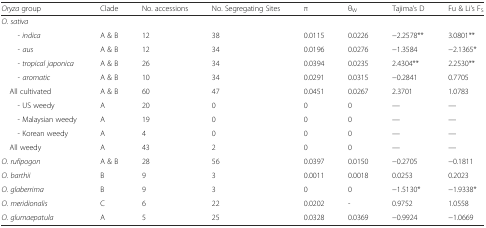
<table><thead><tr><td><b><i>Oryza</i> group</b></td><td><b>Clade</b></td><td><b>No. accessions</b></td><td><b>No. Segregating Sites</b></td><td><b>π</b></td><td><b>θ<sub>W</sub></b></td><td><b>Tajima’s D</b></td><td><b>Fu &amp; Li’s F<sub>S</sub></b></td></tr></thead><tbody><tr><td colspan="8"><i>O. sativa</i></td></tr><tr><td><i>- indica</i></td><td>A &amp; B</td><td>12</td><td>38</td><td>0.0115</td><td>0.0226</td><td>−2.2578**</td><td>3.0801**</td></tr><tr><td><i>- aus</i></td><td>A &amp; B</td><td>12</td><td>34</td><td>0.0196</td><td>0.0276</td><td>−1.3584</td><td>−2.1365*</td></tr><tr><td><i>- tropical japonica</i></td><td>A &amp; B</td><td>26</td><td>34</td><td>0.0394</td><td>0.0235</td><td>2.4304**</td><td>2.2530**</td></tr><tr><td><i>- aromatic</i></td><td>A &amp; B</td><td>10</td><td>34</td><td>0.0291</td><td>0.0315</td><td>−0.2841</td><td>0.7705</td></tr><tr><td> All cultivated</td><td>A &amp; B</td><td>60</td><td>47</td><td>0.0451</td><td>0.0267</td><td>2.3701</td><td>1.0783</td></tr><tr><td>- US weedy</td><td>A</td><td>20</td><td>0</td><td>0</td><td>0</td><td>—</td><td>—</td></tr><tr><td>- Malaysian weedy</td><td>A</td><td>19</td><td>0</td><td>0</td><td>0</td><td>—</td><td>—</td></tr><tr><td>- Korean weedy</td><td>A</td><td>4</td><td>0</td><td>0</td><td>0</td><td>—</td><td>—</td></tr><tr><td> All weedy</td><td>A</td><td>43</td><td>2</td><td>0</td><td>0</td><td>—</td><td>—</td></tr><tr><td><i>O. rufipogon</i></td><td>A &amp; B</td><td>28</td><td>56</td><td>0.0397</td><td>0.0150</td><td>−0.2705</td><td>−0.1811</td></tr><tr><td><i>O. barthii</i></td><td>B</td><td>9</td><td>3</td><td>0.0011</td><td>0.0018</td><td>0.0253</td><td>0.2023</td></tr><tr><td><i>O. glaberrima</i></td><td>B</td><td>9</td><td>3</td><td>0</td><td>0</td><td>−1.5130*</td><td>−1.9338*</td></tr><tr><td><i>O. meridionalis</i></td><td>C</td><td>6</td><td>22</td><td>0.0202</td><td>-</td><td>0.9752</td><td>1.0558</td></tr><tr><td><i>O. glumaepatula</i></td><td>A</td><td>5</td><td>25</td><td>0.0328</td><td>0.0369</td><td>−0.9924</td><td>−1.0669</td></tr></tbody></table>